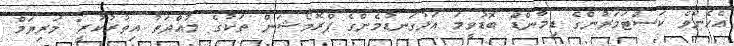
އެހެންވެ ކަސްޓަމަރުންގެ ޑިމާންޑް ބޮޑުވީމަ އަޅުގަނޑުމެންގެ ޕްރޮމޯޝަން ތަކުގެ މުއްދަތު އިތުރުކުރީ" މަރިޔަމް